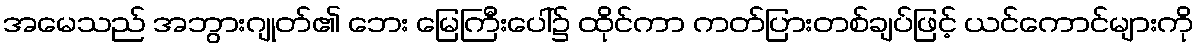
အမေသည် အဘွားဂျုတ်၏ ဘေး မြေကြီးပေါ်၌ ထိုင်ကာ ကတ်ပြားတစ်ချပ်ဖြင့် ယင်ကောင်များကို